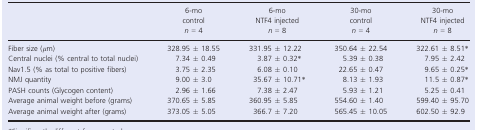
<table><thead><tr><td></td><td><b>6‐mo control <i>n</i> = 4</b></td><td><b>6‐mo NTF4 injected <i>n</i> = 8</b></td><td><b>30‐mo control <i>n</i> = 4</b></td><td><b>30‐mo NTF4 injected <i>n</i> = 8</b></td></tr></thead><tbody><tr><td>Fiber size (<i>μ</i>m)</td><td>328.95 ± 18.55</td><td>331.95 ± 12.22</td><td>350.64 ± 22.54</td><td>322.61 ± 8.51a</td></tr><tr><td>Central nuclei (% central to total nuclei)</td><td>7.34 ± 0.49</td><td>3.87 ± 0.32a</td><td>5.39 ± 0.38</td><td>7.95 ± 2.42</td></tr><tr><td>Nav1.5 (% as total to positive fibers)</td><td>3.75 ± 2.35</td><td>6.08 ± 0.10</td><td>22.65 ± 0.47</td><td>9.65 ± 0.25a</td></tr><tr><td>NMJ quantity</td><td>9.00 ± 3.0</td><td>35.67 ± 10.71a</td><td>8.13 ± 1.93</td><td>11.5 ± 0.87a</td></tr><tr><td>PASH counts (Glycogen content)</td><td>2.96 ± 1.66</td><td>7.38 ± 2.47</td><td>5.93 ± 1.21</td><td>5.25 ± 0.41</td></tr><tr><td>Average animal weight before (grams)</td><td>370.65 ± 5.85</td><td>360.95 ± 5.85</td><td>554.60 ± 1.40</td><td>599.40 ± 95.70</td></tr><tr><td>Average animal weight after (grams)</td><td>373.05 ± 5.05</td><td>366.7 ± 7.20</td><td>565.45 ± 10.05</td><td>602.50 ± 92.9</td></tr></tbody></table>